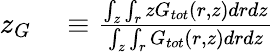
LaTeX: \begin{array}{rl}{z_{G}}&{{}\equiv\frac{\int_{z}\int_{r}zG_{tot}(r,z)drdz}{\int_{z}\int_{r}G_{tot}(r,z)drdz}}\end{array}